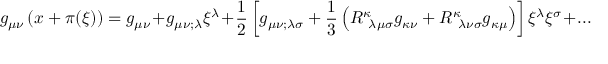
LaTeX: g _ { \mu \nu } \left( x + \pi ( \xi ) \right) = g _ { \mu \nu } + g _ { \mu \nu ; \lambda } \xi ^ { \lambda } + { \frac { 1 } { 2 } } \left[ g _ { \mu \nu ; \lambda \sigma } + { \frac { 1 } { 3 } } \left( R _ { ~ \lambda \mu \sigma } ^ { \kappa } g _ { \kappa \nu } + R _ { ~ \lambda \nu \sigma } ^ { \kappa } g _ { \kappa \mu } \right) \right] \xi ^ { \lambda } \xi ^ { \sigma } + . . .